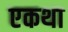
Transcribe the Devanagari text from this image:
एकथा